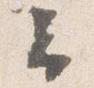
云